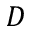
{ \cal D }